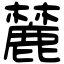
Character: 麓